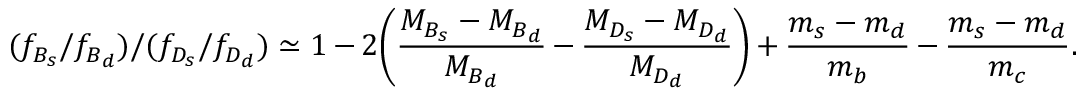
( f _ { B _ { s } } / f _ { B _ { d } } ) / ( f _ { D _ { s } } / f _ { D _ { d } } ) \simeq 1 - 2 \bigg ( \frac { M _ { B _ { s } } - M _ { B _ { d } } } { M _ { B _ { d } } } - \frac { M _ { D _ { s } } - M _ { D _ { d } } } { M _ { D _ { d } } } \bigg ) + \frac { m _ { s } - m _ { d } } { m _ { b } } - \frac { m _ { s } - m _ { d } } { m _ { c } } .